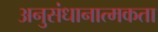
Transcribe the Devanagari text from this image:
अनुसंधानात्मकता